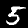
Digit: 5